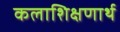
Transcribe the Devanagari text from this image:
कलाशिक्षणार्थ